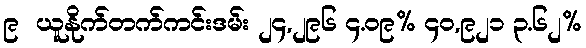
၉  ယူနိုက်တက်ကင်းဒမ်း ၂၄,၂၉၆ ၄.၀၉% ၄၀,၉၂၁ ၃.၆၂%